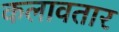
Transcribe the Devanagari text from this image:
कलावतार